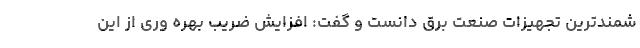
شمندترین تجهیزات صنعت برق دانست و گفت: افزایش ضریب بهره وری از این